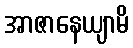
အာဇာနေယျာမိ